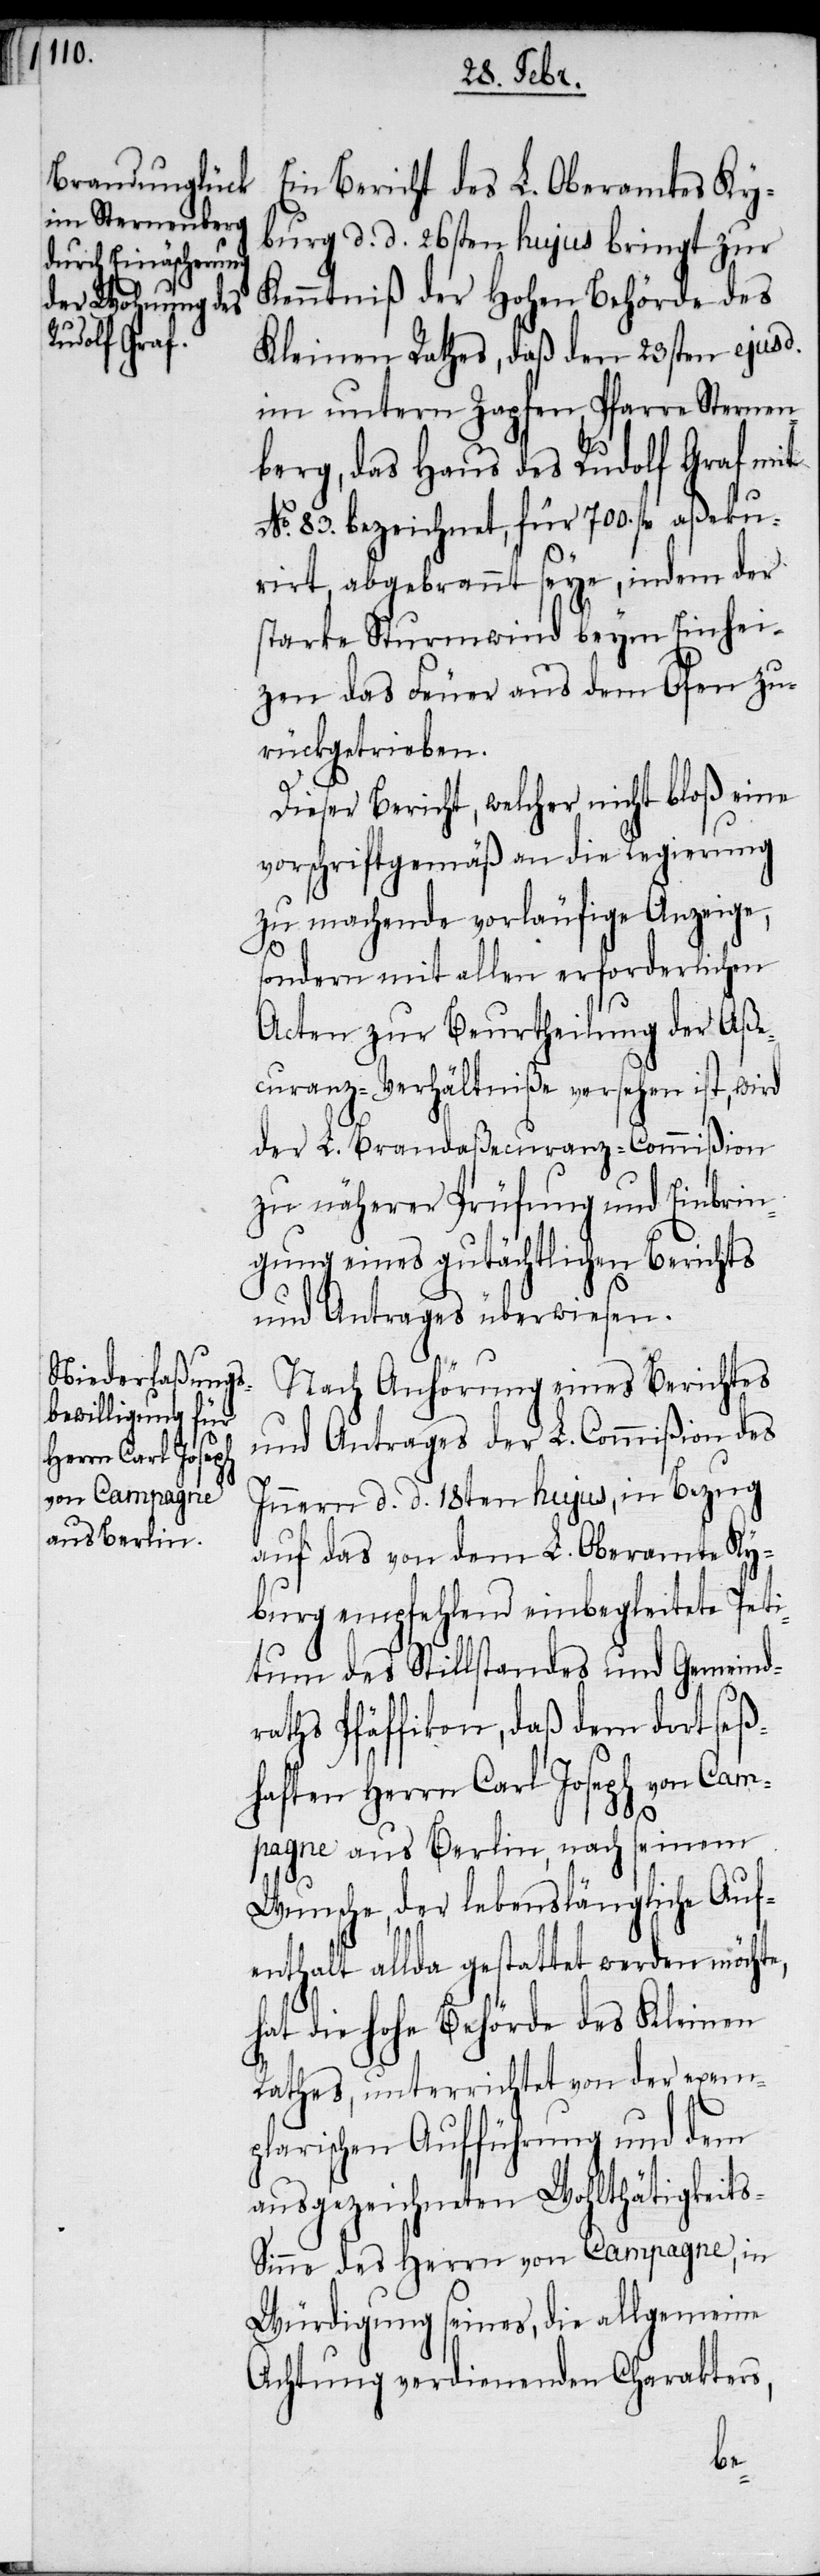
Ein Bericht des L. Oberamtes Ky¬
burg d. d. 26sten hujus bringt zur
Kenntniß der Hohen Behörde des
Kleinen Rathes, daß den 23sten ejusd.
im untern Zapfen, Pfarre Sternen¬
berg, das Haus des Rudolf Graf mit
No. 83. bezeichnet, für 700. fl aßeku¬
rirt, abgebrannt seye, indem der
starke Sturmwind beym Einhei¬
zen das Feuer aus dem Ofen zu¬
rückgetrieben.
Dieser Bericht, welcher nicht bloß eine
vorschriftgemäß an die Regierung
zu machende vorläufige Anzeige,
sondern mit allen erforderlichen
Acten zur Beurtheilung der Aße¬
curanz-Verhältniße versehen ist, wird
der L. Brandaßecuranz-Commißion
zu näherer Prüfung und Einbrin¬
gung eines gutächtlichen Berichts
und Gutachtens überwiesen.
Nach Anhörung eines Berichtes
und Antrages der L. Commißion des
Innern d. d. 18ten hujus, in Bezug
auf das von dem L. Oberamte Ky¬
burg empfehlend einbegleitete Peti¬
tum des Stillstandes und Gemeind¬
raths Pfäffikon, daß dem dort seß¬
haften Herrn Carl Joseph von Cam¬
pagne aus Berlin, nach seinem
Wunsche, der lebenslängliche Auf¬
enthalt allda gestattet werden möchte,
hat die hohe Behörde des Kleinen
Rathes, unterrichtet von der exem¬
plarischen Aufführung und dem
ausgezeichneten Wohlthätigkeit¬
s-Sinne des Herrn von Campagne, in
Würdigung seines, die allgemeine
Achtung verdienenden Charakters,